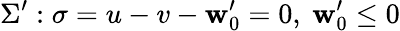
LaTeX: \Sigma^{\prime}:\sigma=u-v-\mathbf{w}_{0}^{\prime}=0,~\mathbf{w}_{0}^{\prime}\leq0